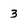
Character: 3